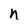
Character: h